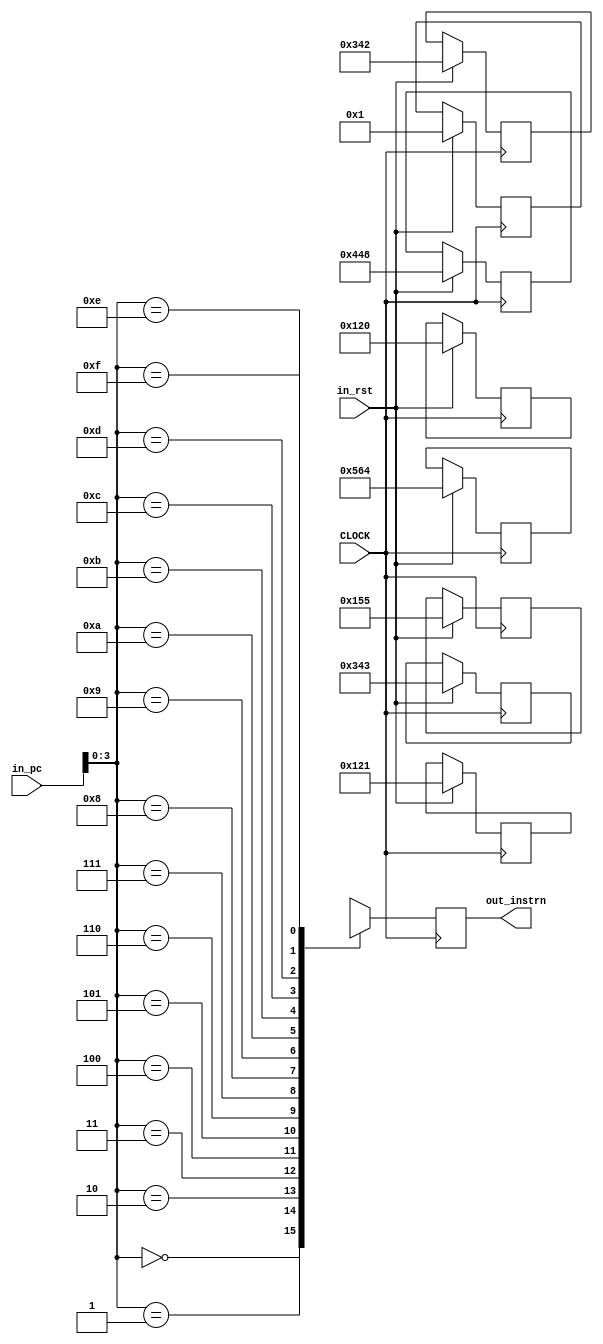
module instr(in_pc,in_rst,out_instrn,CLOCK);

//input 
input [5:0] in_pc;
input in_rst,CLOCK;

//output
output [15:0] out_instrn;

//type
wire in_rst,CLOCK;
wire [5:0] in_pc;
reg [15:0] out_instrn;

reg [63:0] instr_mem[15:0];

always@(negedge CLOCK)
begin
//Reseting all values
if(in_rst)
begin
instr_mem[0] <= 16'b0000000100100000;
instr_mem[2] <= 16'b0000000100100001;
instr_mem[4] <= 16'b0000001101000010;
instr_mem[6] <= 16'b0000001101000011;
instr_mem[8] <= 16'b0000010101100100;
instr_mem[10] <= 16'b0000000101010101;
instr_mem[12] <= 16'b0000000000000001;
instr_mem[14] <= 16'b0000010001001000;
instr_mem[16] <= 16'b0000010001001001;
instr_mem[18] <= 16'b0000010100101011;
instr_mem[20] <= 16'b0000010100111010;
instr_mem[22] <= 16'b0100011101000000;
instr_mem[24] <= 16'b0000101100010000;
instr_mem[26] <= 16'b0101011101010000;
instr_mem[28] <= 16'b0000101100100000;
instr_mem[30] <= 16'b0110011100100000;
instr_mem[34] <= 16'b0000000100010000;
instr_mem[36] <= 16'b1100100010010000;
instr_mem[38] <= 16'b0000100010000000;
instr_mem[40] <= 16'b1000100010010010;
instr_mem[42] <= 16'b1100101010010010;
instr_mem[44] <= 16'b0000110011000000;
instr_mem[46] <= 16'b0000110111010000;
instr_mem[48] <= 16'b0000110011010000;
instr_mem[50] <= 16'b1110111111111111;
instr_mem[52] <= 16'b0000000000000000;
instr_mem[54] <= 16'b0000000000000000;
instr_mem[56] <= 16'b0000000000000000;
instr_mem[58] <= 16'b0000000000000000;
instr_mem[60] <= 16'b0000000000000000;
instr_mem[62] <= 16'b0000000000000000;
instr_mem[64] <= 16'b0000000000000000;
end
end

always @(posedge CLOCK)
begin
out_instrn[15:0] = instr_mem[in_pc];
end


endmodule